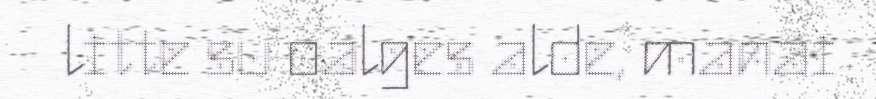
litte su oalges alde, manai